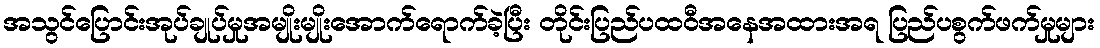
အသွင်ပြောင်းအုပ်ချုပ်မှုအမျိုးမျိုးအောက်ရောက်ခဲ့ပြီး တိုင်းပြည်ပထဝီအနေအထားအရ ပြည်ပစွက်ဖက်မှုများ